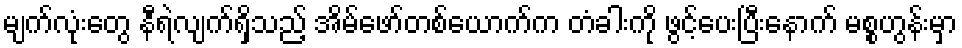
မျက်လုံးတွေ နီရဲလျက်ရှိသည့် အိမ်ဖော်တစ်ယောက်က တံခါးကို ဖွင့်ပေးပြီးနောက် မစ္စဟွန်းမှာ